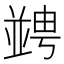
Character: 𠁔